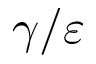
\gamma / \varepsilon